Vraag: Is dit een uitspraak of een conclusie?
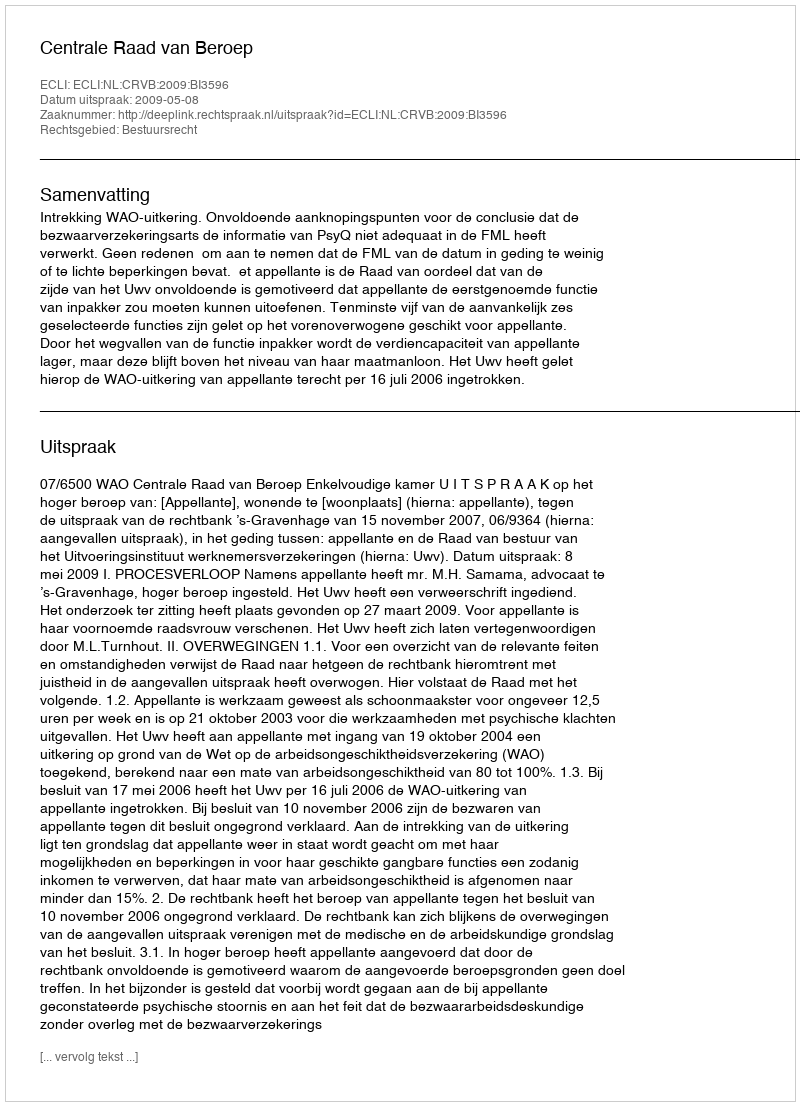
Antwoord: Uitspraak